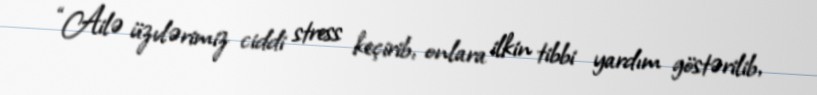
“Ailə üzvlərimiz ciddi stress keçirib, onlara ilkin tibbi yardım göstərilib,